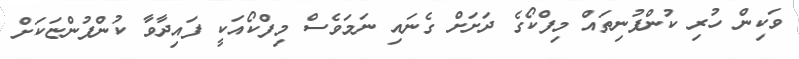
ވަކިން ހުރި ކުންފުނިތައް މިފްކޯގެ ދަށަށް ގެނައި ނަމަވެސް މިފްކޯއަކީ ފައިދާވާ ކުންފުންޏަކަށް